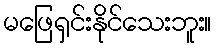
မဖြေရှင်းနိုင်သေးဘူး။